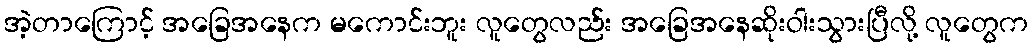
အဲ့တာကြောင့် အခြေအနေက မကောင်းဘူး လူတွေလည်း အခြေအနေဆိုးဝါးသွားပြီလို့ လူတွေက